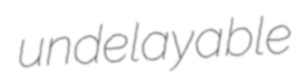
undelayable